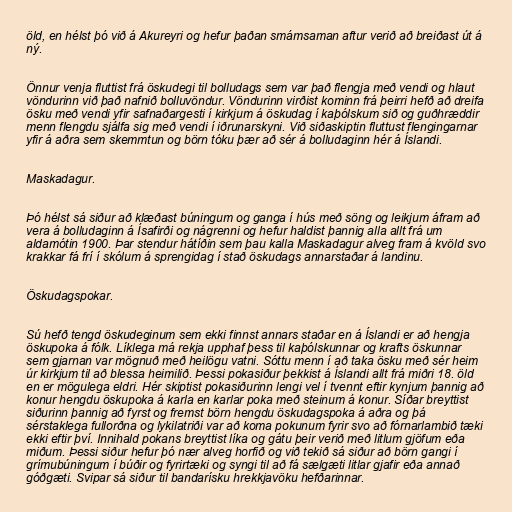
öld, en hélst þó við á Akureyri og hefur þaðan smámsaman aftur verið að breiðast út á
ný.

Önnur venja fluttist frá öskudegi til bolludags sem var það flengja með vendi og hlaut
vöndurinn við það nafnið bolluvöndur. Vöndurinn virðist kominn frá þeirri hefð að dreifa
ösku með vendi yfir safnaðargesti í kirkjum á öskudag í kaþólskum sið og guðhræddir
menn flengdu sjálfa sig með vendi í iðrunarskyni. Við siðaskiptin fluttust flengingarnar
yfir á aðra sem skemmtun og börn tóku þær að sér á bolludaginn hér á Íslandi.

Maskadagur.

Þó hélst sá siður að klæðast búningum og ganga í hús með söng og leikjum áfram að
vera á bolludaginn á Ísafirði og nágrenni og hefur haldist þannig alla allt frá um
aldamótin 1900. Þar stendur hátíðin sem þau kalla Maskadagur alveg fram á kvöld svo
krakkar fá frí í skólum á sprengidag í stað öskudags annarstaðar á landinu.

Öskudagspokar.

Sú hefð tengd öskudeginum sem ekki finnst annars staðar en á Íslandi er að hengja
öskupoka á fólk. Líklega má rekja upphaf þess til kaþólskunnar og krafts öskunnar
sem gjarnan var mögnuð með heilögu vatni. Sóttu menn í að taka ösku með sér heim
úr kirkjum til að blessa heimilið. Þessi pokasiður þekkist á Íslandi allt frá miðri 18. öld
en er mögulega eldri. Hér skiptist pokasiðurinn lengi vel í tvennt eftir kynjum þannig að
konur hengdu öskupoka á karla en karlar poka með steinum á konur. Síðar breyttist
siðurinn þannig að fyrst og fremst börn hengdu öskudagspoka á aðra og þá
sérstaklega fullorðna og lykilatriði var að koma pokunum fyrir svo að fórnarlambið tæki
ekki eftir því. Innihald pokans breyttist líka og gátu þeir verið með litlum gjöfum eða
miðum. Þessi siður hefur þó nær alveg horfið og við tekið sá siður að börn gangi í
grímubúningum í búðir og fyrirtæki og syngi til að fá sælgæti litlar gjafir eða annað
góðgæti. Svipar sá siður til bandarísku hrekkjavöku hefðarinnar.